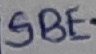
Text: SBE